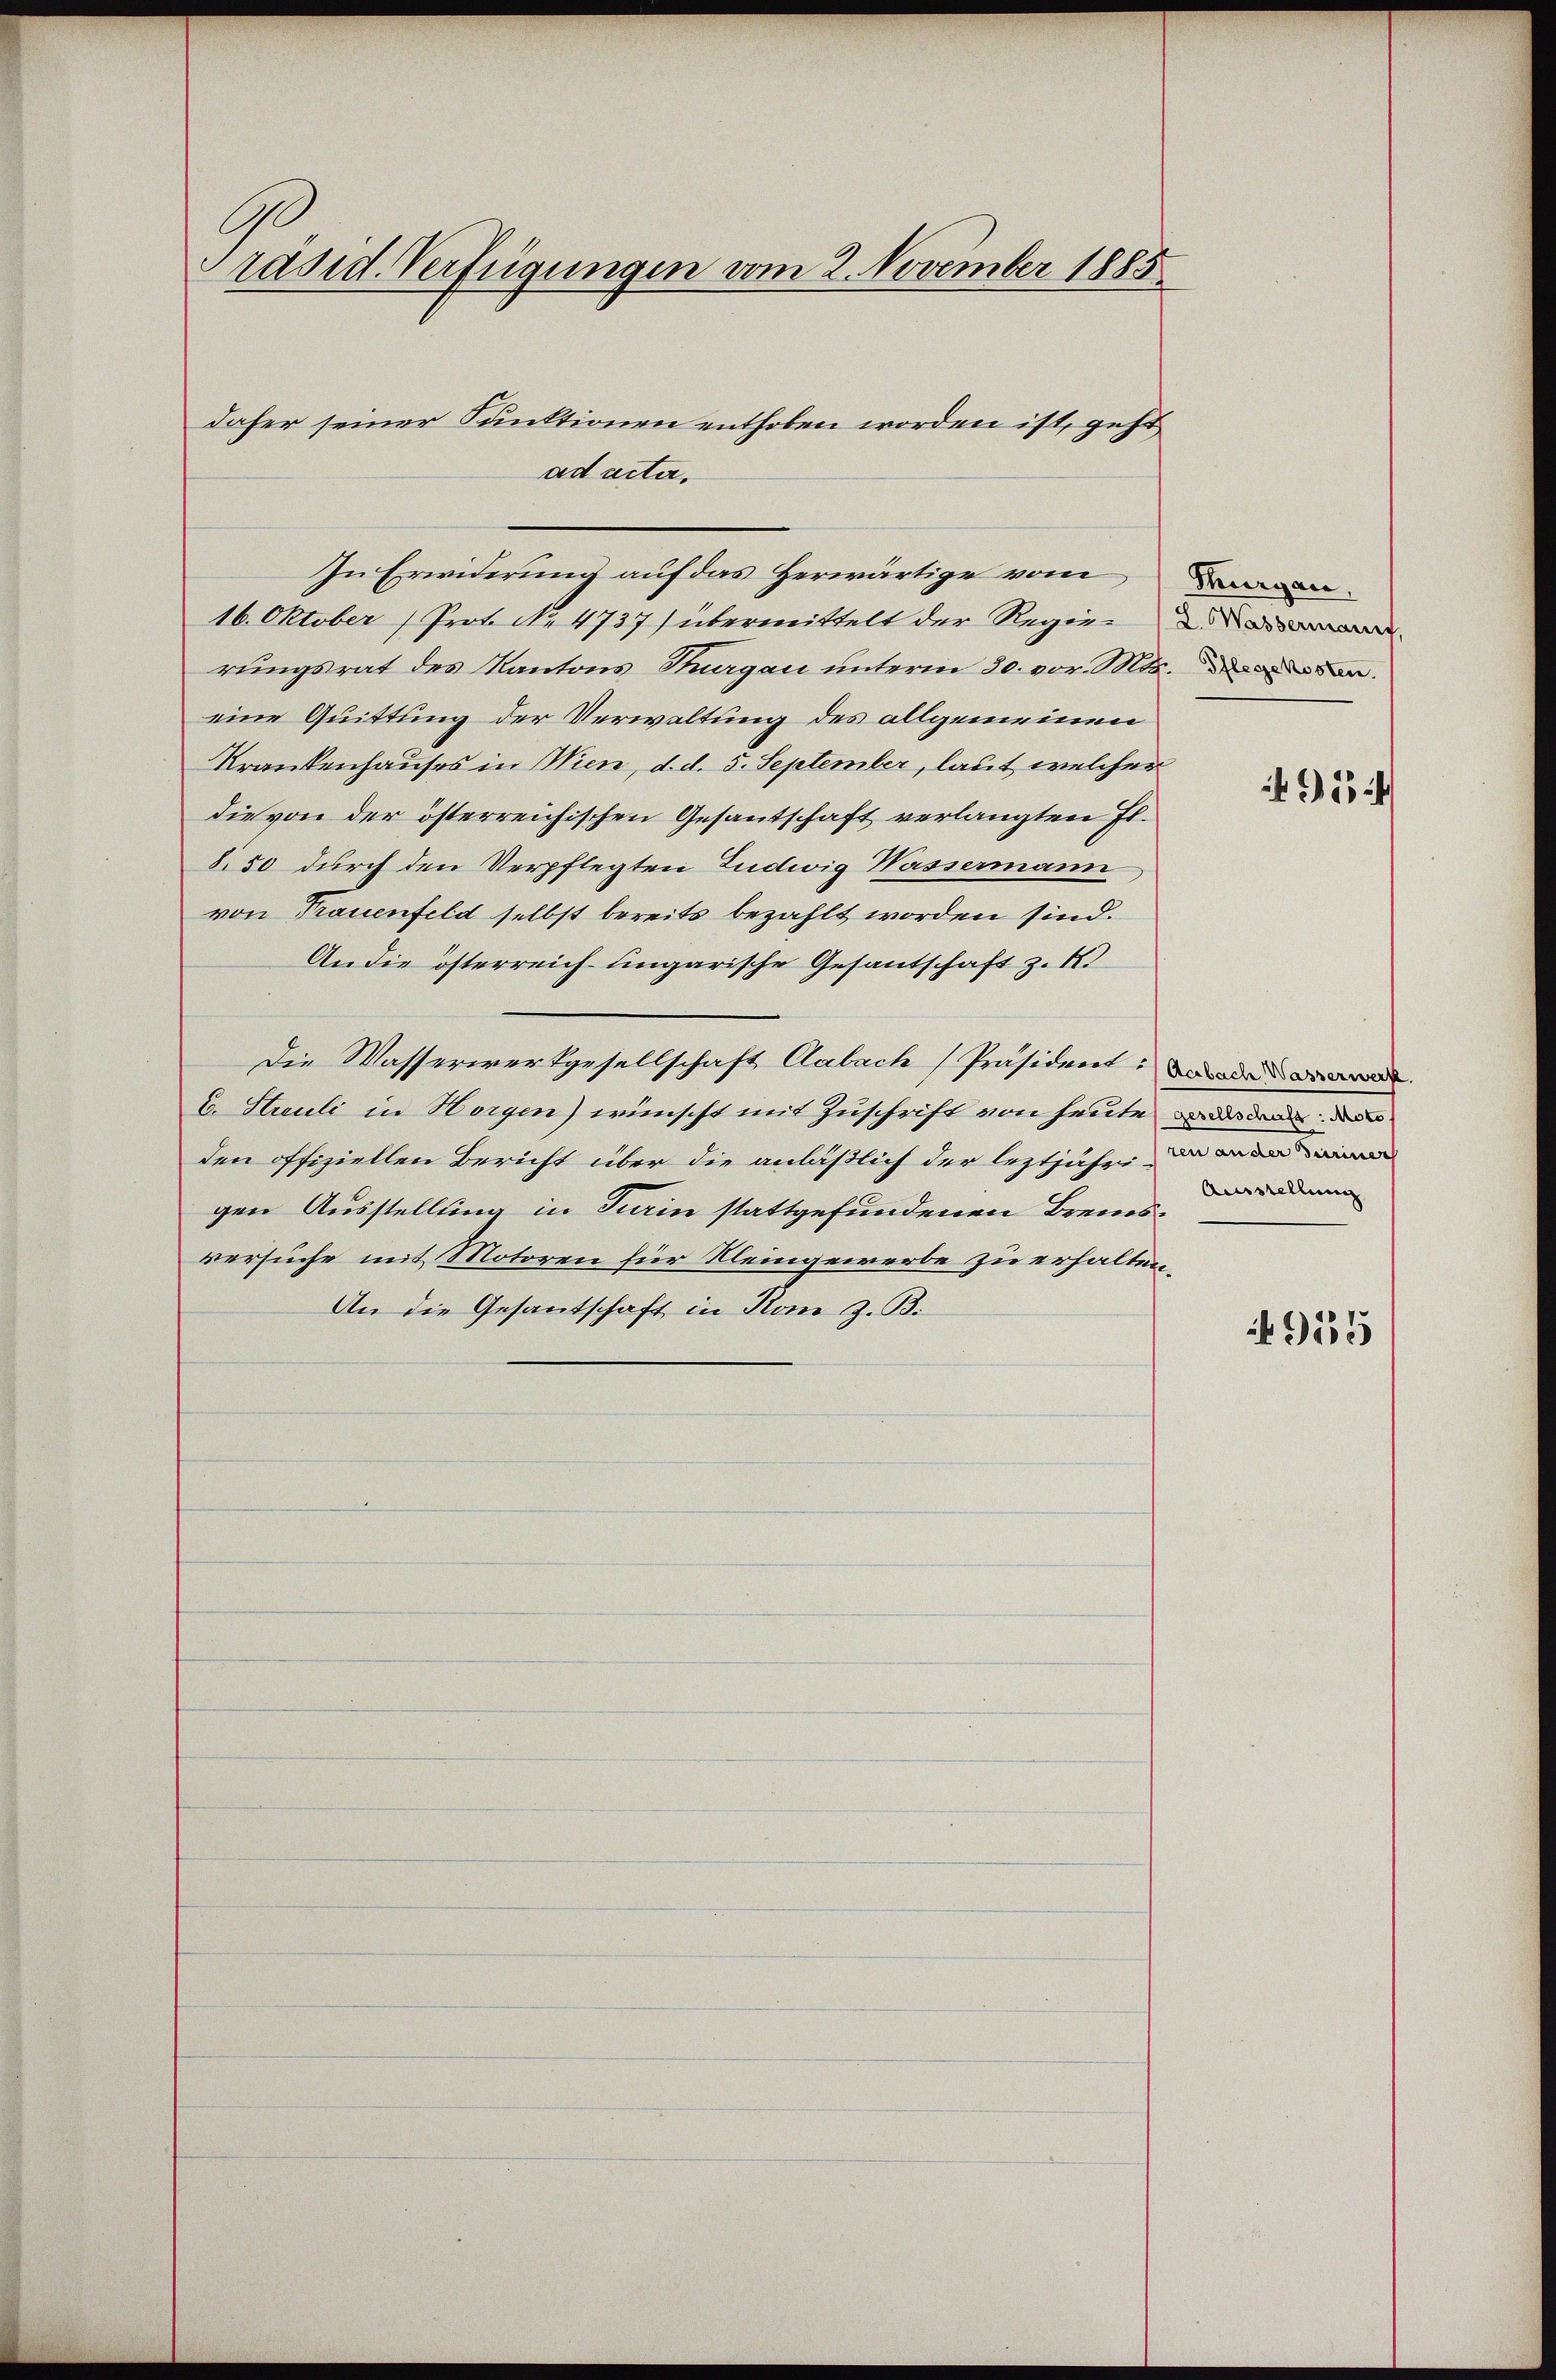
Präsid. Verfügungen vom 2. November 1885

daher seiner Funktionen enthoben worden ist, geht
ad acta.
In Erwiderung auf das Herwärtige vom

16. Oktober (Prot. No. 4737) übermittelt der Regie-
rungsrat des Kantons Stuargau unterm 30. vor. Mts. den
eine Quittung der Verwaltung des allgemeinen
Krankenhauses in Wien, d. d. 5. September, laut welcher
die von der österreichischen Gesantschaft verlangten Fr.
8.50 durch den Verpflegten Ludwig Wassermann
von Trauenfeld selbst bereits bezahlt worden sind.
An die österreich-ungarische Gesandschaft z. B.
Die Wasserwerkgesellschaft Aabach Präsident: werde da
C. Streuli in Horgen) wünscht mit Zuschrift von heute und d
den offiziellen Bericht über die anläßlich der leztjährida
gen Ausstellung in Turin stattgefundenen Bremsversuche mit Motoren für Kleingewerbe zu erhalten¬
An die Gesantschaft in Rom z. B.

Thurgau,

954

Ausstellung

955